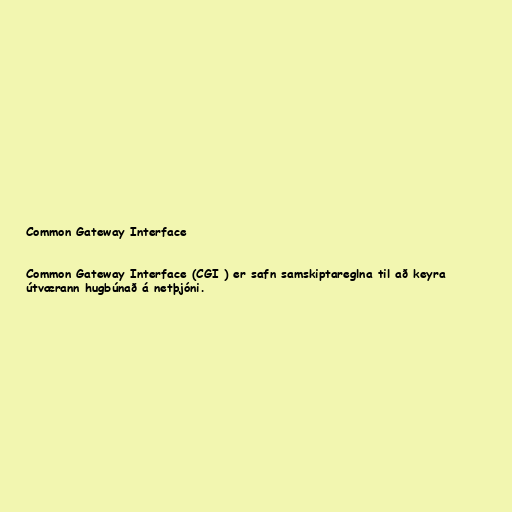
Common Gateway Interface

Common Gateway Interface (CGI ) er safn samskiptareglna til að keyra
útværann hugbúnað á netþjóni.